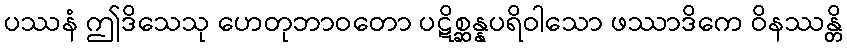
ပဿနံ ဤဒိသေသု ဟေတုဘာဝတော ပဋိစ္ဆန္နပရိဝါသော ဖဿာဒိကေ ဝိနဿန္တိ